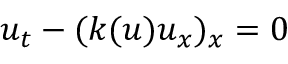
u _ { t } - ( k ( u ) u _ { x } ) _ { x } = 0